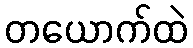
တယောက်ထဲ